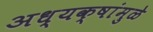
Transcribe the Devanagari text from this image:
अध्यक्षांमुळे